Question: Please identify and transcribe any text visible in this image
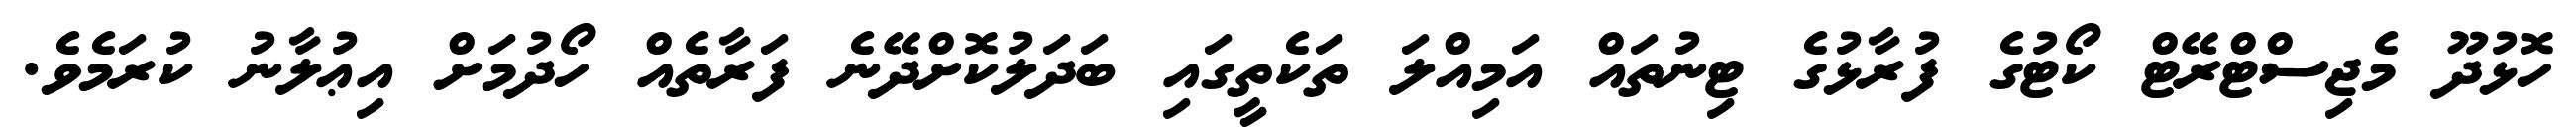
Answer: ހޮޅުދޫ މެޖިސްޓްރޭޓް ކޯޓުގެ ފުރާޅުގެ ޓިނުތައް އަމިއްލަ ތަކެތީގައި ބަދަލުކޮށްދޭނެ ފަރާތެއް ހޯދުމަށް އިޢުލާނު ކުރަމެވެ.